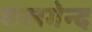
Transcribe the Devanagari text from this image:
कलगेन्द